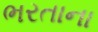
ભરતાના